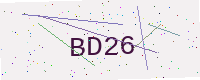
Text: BD26